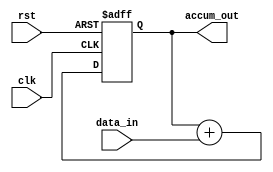
module cascaded_accumulator (
    input wire clk,
    input wire rst,
    input wire [7:0] data_in,
    output reg [15:0] accum_out
);

reg [15:0] accum;

always @(posedge clk or posedge rst) begin
    if (rst) begin
        accum <= 16'b0;
    end else begin
        accum <= accum + data_in;
    end
end

assign accum_out = accum;

endmodule